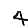
Digit: 4